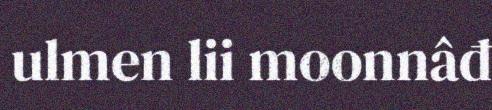
ulmen lii moonnâđ